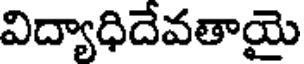
విద్యాధిదేవతాయై